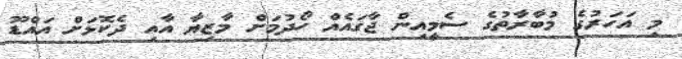
މި އަހަރުގެ މުބާރާތުގެ ސެމީއިން ޖާގައެއް ހޯދުމަށް މާޒިޔާ އާއި ދެކޮޅަށް އައްޑޫ